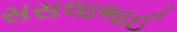
સસલાભાઈ